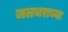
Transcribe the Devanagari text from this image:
जलचराच्या